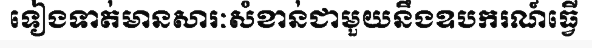
ទៀងទាត់មានសារៈសំខាន់ជាមួយនឹងឧបករណ៍ធ្វើ